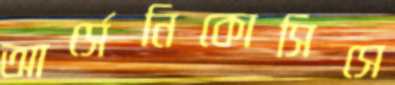
আর্সেনিকোসিসে